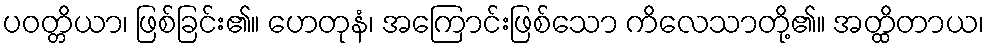
ပဝတ္တိယာ၊ ဖြစ်ခြင်း၏။ ဟေတုနံ၊ အကြောင်းဖြစ်သော ကိလေသာတို့၏။ အတ္ထိတာယ၊